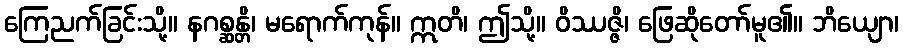
ကြေညက်ခြင်းသို့။ နဂစ္ဆန္တိ၊ မရောက်ကုန်။ ဣတိ၊ ဤသို့။ ဝိဿဇ္ဇိ၊ ဖြေဆိုတော်မူ၏။ ဘိယျော၊